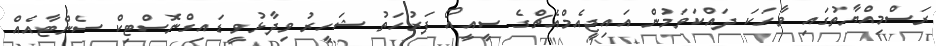
ރަސްމިއްޔާތުގައި ވާހަކަ ދައްކަވަމުން އައިޖީއެމްއެޗްގެ ސީއީއޯ ފަރުހަތު ޝަހީރު ވިދާޅުވީ ޑައިގްނޮސްޓިކް ސެންޓާއެއް